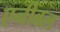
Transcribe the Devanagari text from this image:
एनीबल